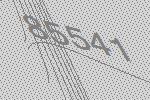
85541